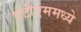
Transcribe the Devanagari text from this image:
एटीएममध्ये